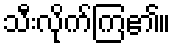
သီးလိုက်ကြ၏။